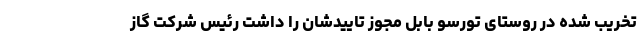
تخریب شده در روستای تورسو بابل مجوز تاییدشان را داشت رئیس شرکت گاز